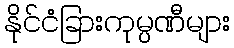
နိုင်ငံခြားကုမ္ပဏီများ